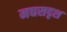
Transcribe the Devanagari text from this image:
मद्यसदृश